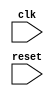
module reset_block (
    input wire clk,
    input wire reset,
    // Other input/output ports here
);

// Internal variables and logic here

always @(posedge reset) begin
    // Code to initialize or reset the internal variables and logic
end

endmodule